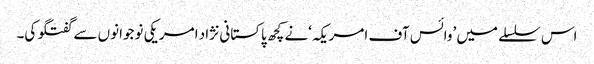
اس سلسلے میں ’وائس آف امریکہ‘نے کچھ پاکستانی نژاد امریکی نوجوانوں سے گفتگو کی۔